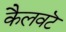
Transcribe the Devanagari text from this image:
कैलवटॆ